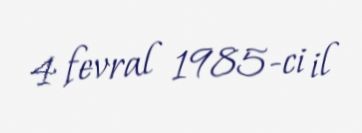
4 fevral 1985-ci il